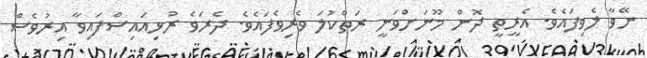
ނޭވާ ލެވިފައެވެ. އެރީތީ ދޮން މޫނަށްވަނީ ރަތްކުލަ ވެރިވެފައެވެ. ދެރަވެ ރުޅިއައިސްފައިވާ އިރުވެސް